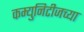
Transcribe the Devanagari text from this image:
कम्युनिटीजच्या